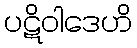
ပဋိဝါဒေဟိ